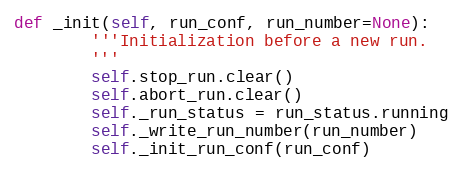
Language: Python
def _init(self, run_conf, run_number=None):
        '''Initialization before a new run.
        '''
        self.stop_run.clear()
        self.abort_run.clear()
        self._run_status = run_status.running
        self._write_run_number(run_number)
        self._init_run_conf(run_conf)